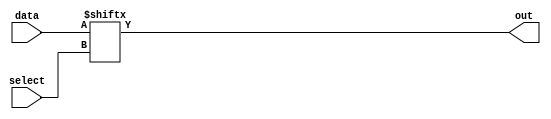
`timescale 1ns / 1ps
//////////////////////////////////////////////////////////////////////////////////
// Company: 
// Engineer: 
// 
// Design Name: 
// Module Name: mux21
// Project Name: 
// Target Devices: 
// Tool Versions: 
// Description: 
// 
// Dependencies: 
// 
// Revision:
// Revision 0.01 - File Created
// Additional Comments:
// 
//////////////////////////////////////////////////////////////////////////////////


module mux21(
data,
select,
out
);
input [1:0] data;
input select;
output out;

assign out = data[select];
endmodule